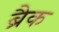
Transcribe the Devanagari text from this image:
ब्रैक